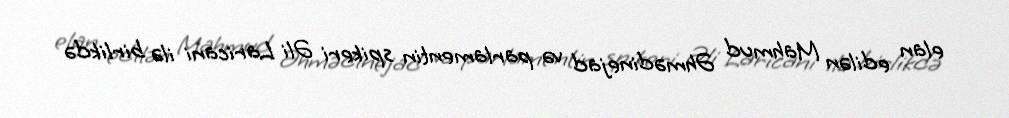
elan edilən Mahmud Əhmədinejad və parlamentin spikeri Əli Laricani ilə birlikdə